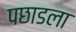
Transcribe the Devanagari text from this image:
पछाडला